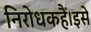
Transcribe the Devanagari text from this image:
निरोधकहैं।इसे